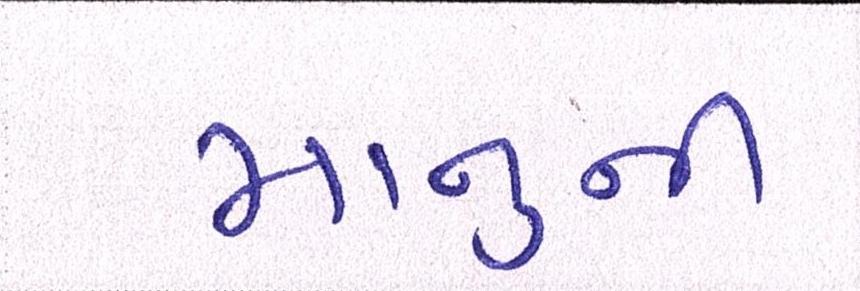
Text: માનુની